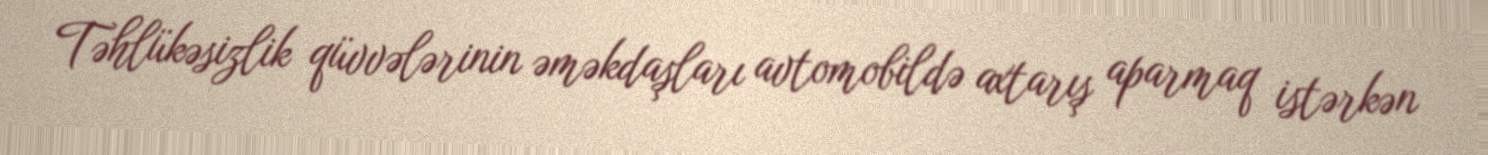
Təhlükəsizlik qüvvələrinin əməkdaşları avtomobildə axtarış aparmaq istərkən